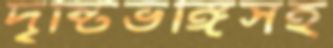
দৃষ্টিভঙ্গিসহ